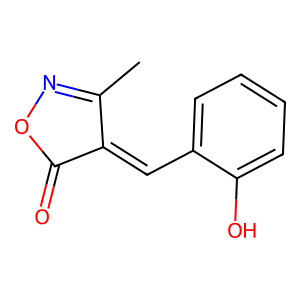
SMILES: CC1=NOC(=O)C1=Cc1ccccc1O
Inhibits HIV replication: No